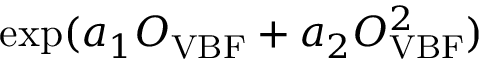
\exp ( a _ { 1 } O _ { \mathrm { V B F } } + a _ { 2 } O _ { \mathrm { V B F } } ^ { 2 } )